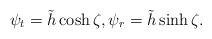
\begin{align*} \psi_t=\tilde{h}\cosh\zeta,\psi_r=\tilde{h}\sinh \zeta.\end{align*}